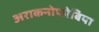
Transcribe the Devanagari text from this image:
अराकनोफोबिया